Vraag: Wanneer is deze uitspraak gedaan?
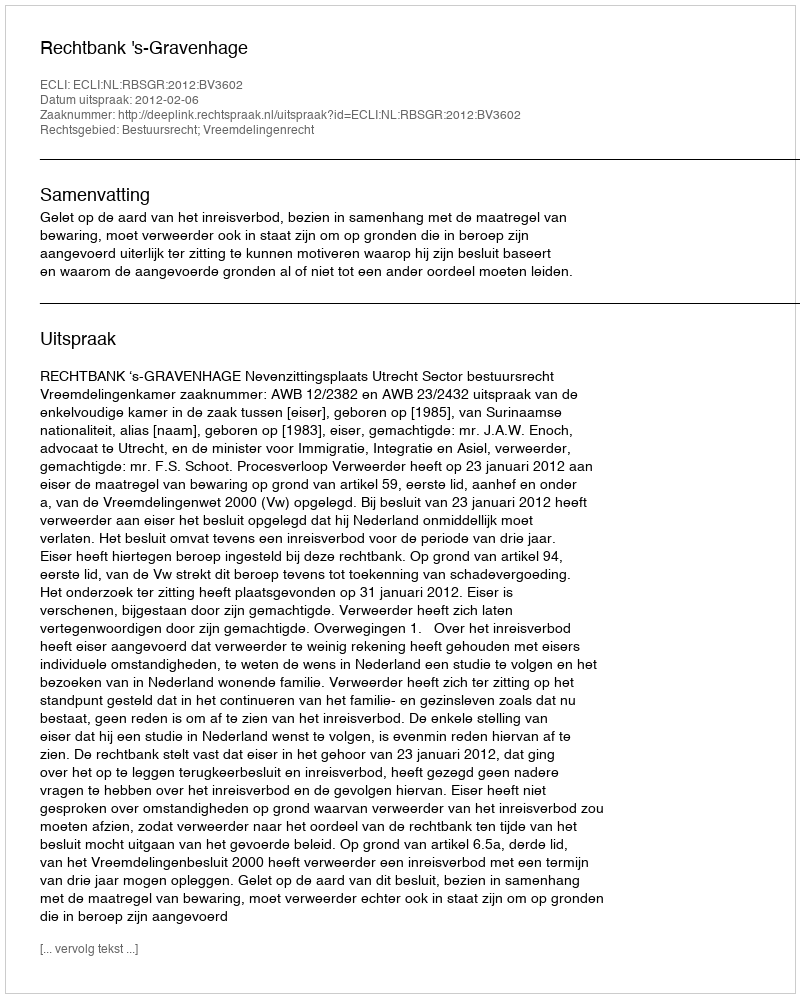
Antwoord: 2012-02-06